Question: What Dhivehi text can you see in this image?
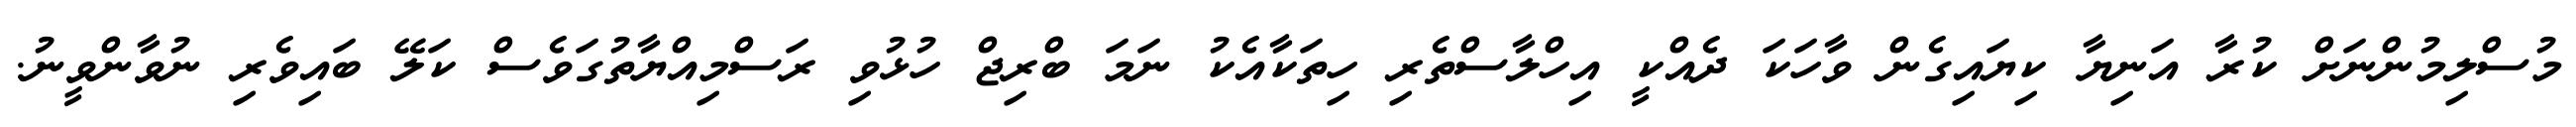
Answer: މުސްލިމުންނަށް ކުރާ އަނިޔާ ކިޔައިގެން ވާހަކަ ދެއްކީ އިހްލާސްތެރި ހިތަކާއެކު ނަމަ ބްރިޖް ހުޅުވި ރަސްމިއްޔާތުގަވެސް ކަލޭ ބައިވެރި ނުވާންވީނު.